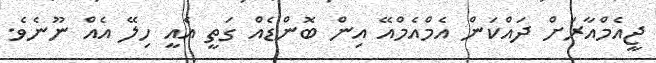
ޖީއެމްއާރަށް ދައްކަން އެމްއެމްއޭ އިން ބޮންޑެއް ގަތީ އެއީ ހިލޭ އެއް ނޫނެވެ.